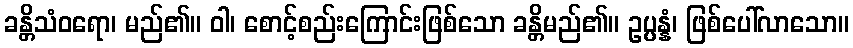
ခန္တိသံဝရော၊ မည်၏။ ဝါ၊ စောင့်စည်းကြောင်းဖြစ်သော ခန္တိမည်၏။ ဥပ္ပန္နံ၊ ဖြစ်ပေါ်လာသော။